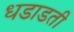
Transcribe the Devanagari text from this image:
धडाडती